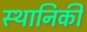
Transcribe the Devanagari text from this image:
स्थानिकी